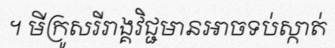
។ មីក្រូសរីរាង្គវិជ្ជមានអាចទប់ស្កាត់